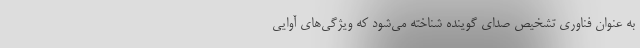
به عنوان فناوری تشخیص صدای گوینده شناخته می‌شود که ویژگی‌های آوایی